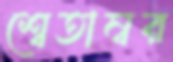
শ্বেতাম্বর